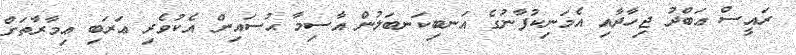
ރައީސް ޢަބްދު ޖިހާދާއި އެމަނިކުފާނުގެ އަނބިކަނބަލުން އާސިމާ ޙުސައިން އެކުވެރި ޢަރަބި ޢިމާރާތަށް